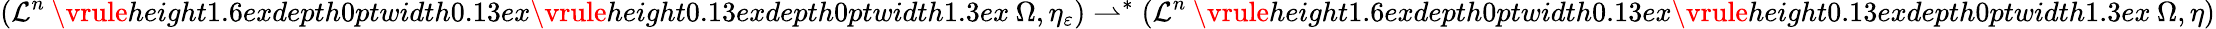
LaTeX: (\mathcal{L}^{n}\mathbin{\vrule height1.6exdepth0ptwidth0.13ex\vrule height0.13exdepth0ptwidth1.3ex}\Omega,\eta_{\varepsilon})\rightharpoonup^{*}(\mathcal{L}^{n}\mathbin{\vrule height1.6exdepth0ptwidth0.13ex\vrule height0.13exdepth0ptwidth1.3ex}\Omega,\eta)